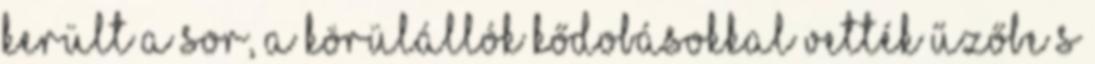
került a sor, a körülállók kődobásokkal vették űzőbe s